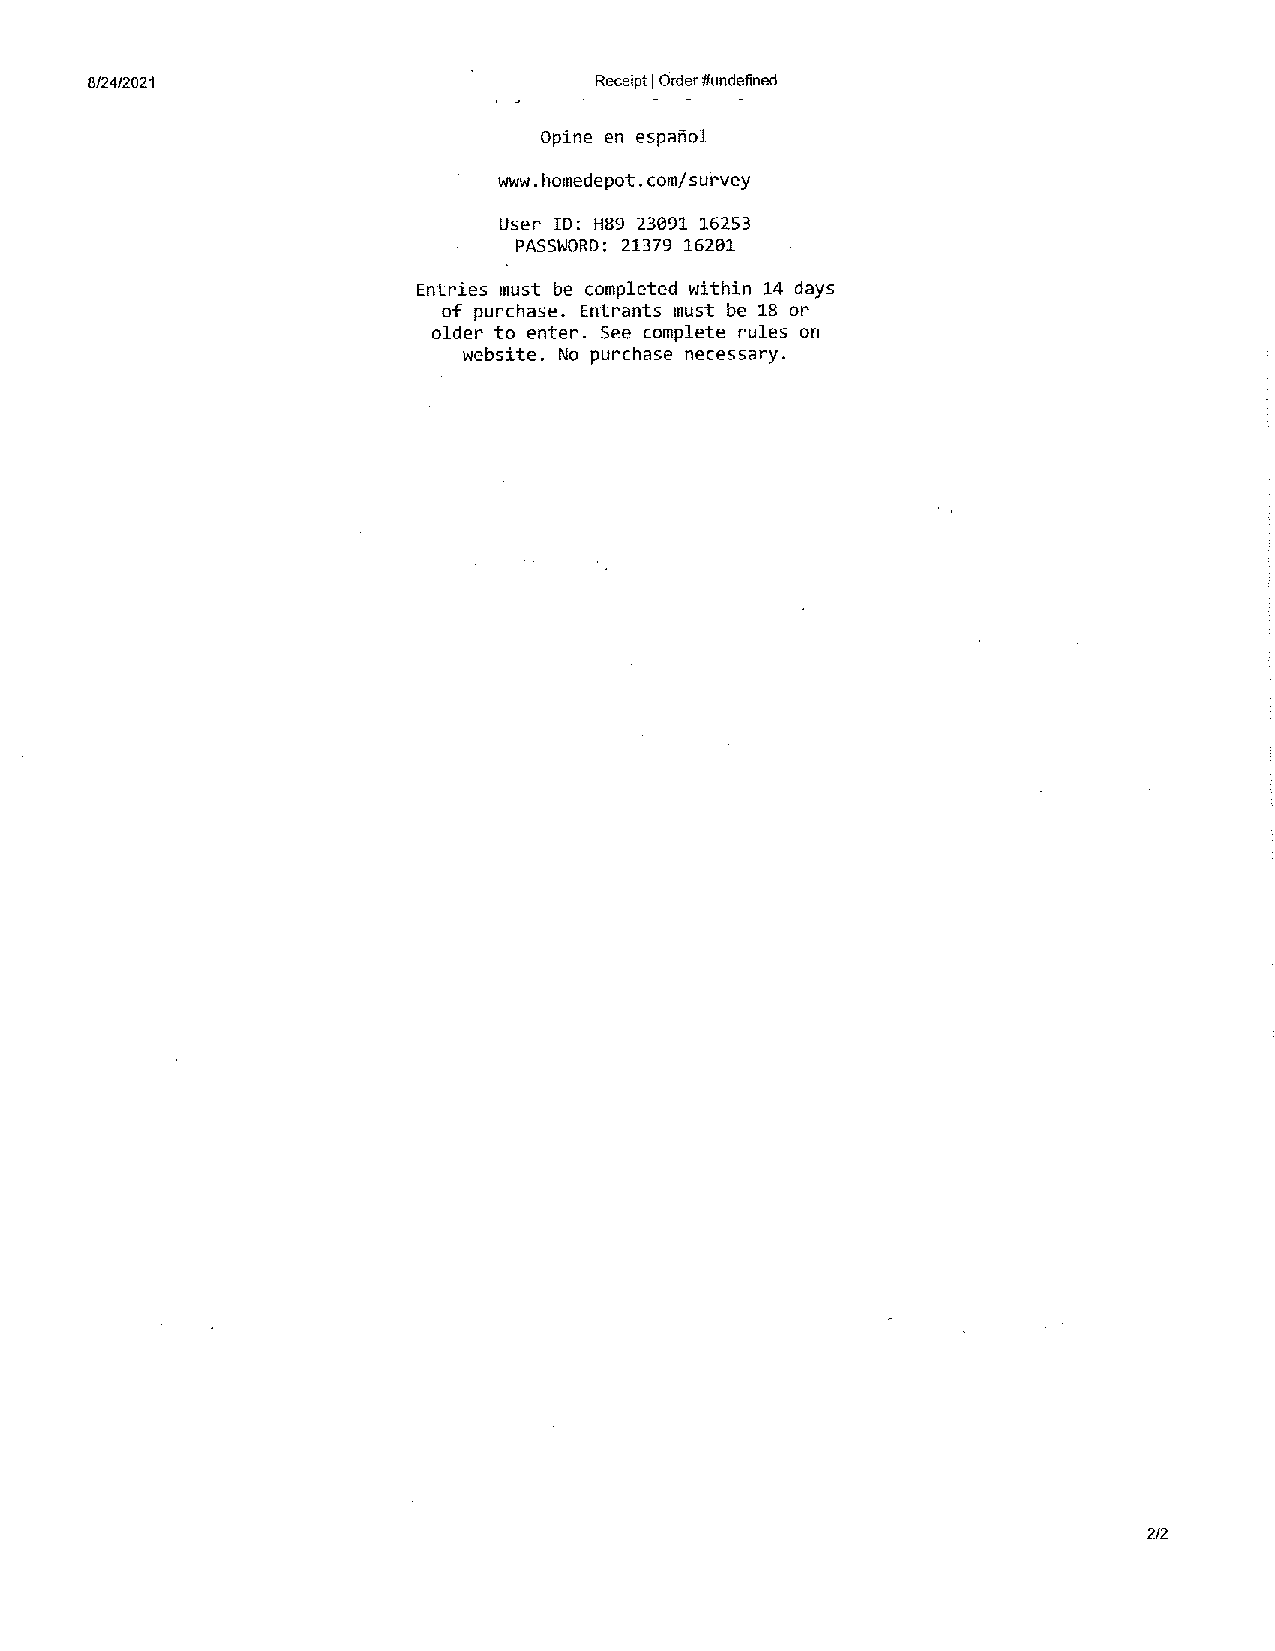
8/24/2021                        Receipt I Order #undefined
 Opine en espanol
 www.homedepot.com/sur'vey
 User ID: H89 23091 16253
 PASSWORD2: 1379 16201
 Entries must be completed within 14 days
 of purchase. Entrants must be 18 or
 older to enter. See complete rules on
 website. No purchase necessary.
 2/2